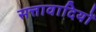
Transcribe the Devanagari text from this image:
सत्तावादियों